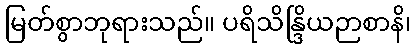
မြတ်စွာဘုရားသည်။ ပရိသိန္ဒြိယဉာစာနိ၊